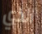
الذي